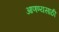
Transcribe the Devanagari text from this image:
आणण्यसाठी